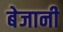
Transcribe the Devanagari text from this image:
बेजानी